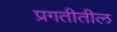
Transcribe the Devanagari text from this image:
प्रगतीतील